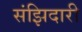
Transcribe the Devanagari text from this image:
संझिदारी